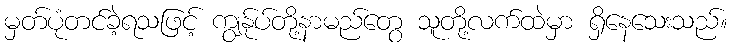
မှတ်ပုံတင်ခဲ့ရသဖြင့် ကျွန်ုပ်တို့နာမည်တွေ သူတို့လက်ထဲမှာ ရှိနေသေးသည်။